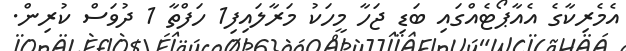
އެމެރިކާގެ އެއާޕޯޓެއްގައި ބަޑި ޖަހާ މީހަކު މަރާލައިފި1 ހަފްތާ 1 ދުވަސް ކުރިން.